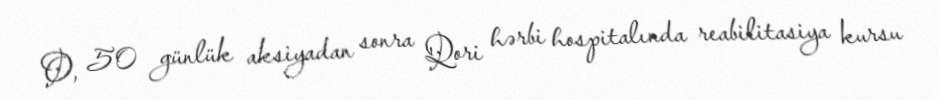
O, 50 günlük aksiyadan sonra Qori hərbi hospitalında reabilitasiya kursu